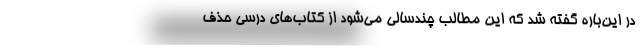
در این‌باره گفته شد که این مطالب چندسالی می‌شود از کتاب‌های درسی حذف